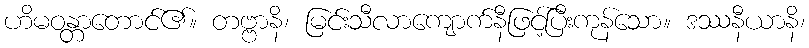
ဟိမဝန္တာတောင်၏။ တဗ္ဗာနိ၊ မြင်းသီလာကျောက်နီဖြင့်ပြီးကုန်သော။ ဒဿနီယာနိ၊